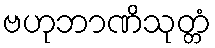
ဗဟုဘာဏိသုတ္တံ